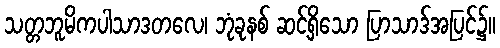
သတ္တဘူမိကပါသာဒတလေ၊ ဘုံခုနစ် ဆင့်ရှိသော ပြာသာဒ်အပြင်၌။